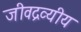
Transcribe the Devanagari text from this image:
जीवद्रव्यीय